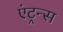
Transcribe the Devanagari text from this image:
एंट्रन्स